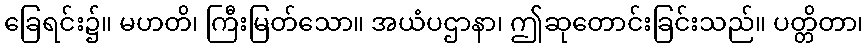
ခြေရင်း၌။ မဟတိ၊ ကြီးမြတ်သော။ အယံပဌာနာ၊ ဤဆုတောင်းခြင်းသည်။ ပတ္တိတာ၊